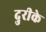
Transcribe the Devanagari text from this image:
दुरीके